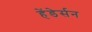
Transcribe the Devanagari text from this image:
हेंडेर्सन